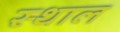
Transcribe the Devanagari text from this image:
स्‍थाल